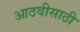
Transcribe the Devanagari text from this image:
आठवीसाठी